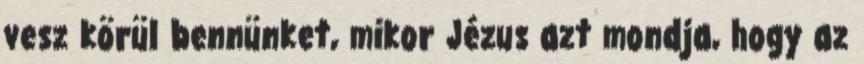
vesz körül bennünket, mikor Jézus azt mondja, hogy az